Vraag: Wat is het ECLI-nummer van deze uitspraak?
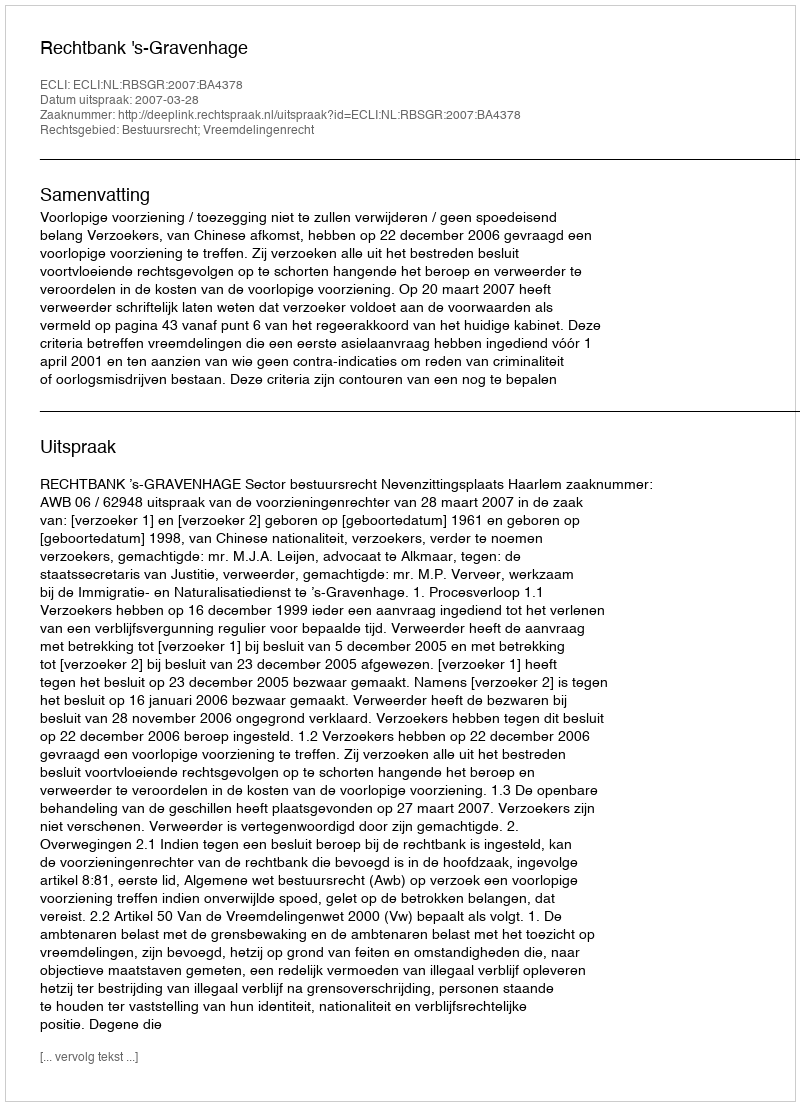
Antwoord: ECLI:NL:RBSGR:2007:BA4378